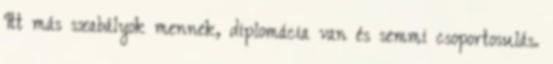
Itt más szabályok mennek, diplomácia van és semmi csoportosulás.